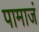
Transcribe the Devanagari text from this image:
पामाजं